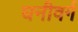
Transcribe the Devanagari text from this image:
घनीवर्ग